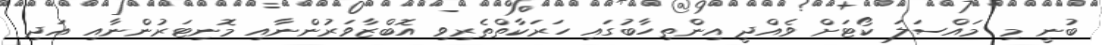
ބުނީ މި މައްސަލަ ކޯޓަށް ވެއްދީ އިންތިހާބުގައި ހަރަކާތްތެރިވި އޮބްޒާވަރުންނާއި މޮނިޓަރުންނާއި އަދި